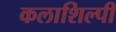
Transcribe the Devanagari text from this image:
कलाशिल्पी